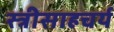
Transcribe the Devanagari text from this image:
स्त्रीसाहचर्य